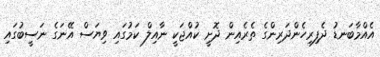
އެއްމާބަނޑު ދެފިރިހެންދަރިންގެ ތެރެއިން ދޮށީ ކުއްޖަކީ ނާއިލް ކަމުގައި ވިޔަސް އޭނަގެ ނަސީބުގައި